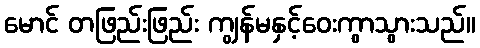
မောင် တဖြည်းဖြည်း ကျွန်မနှင့်ဝေးကွာသွားသည်။